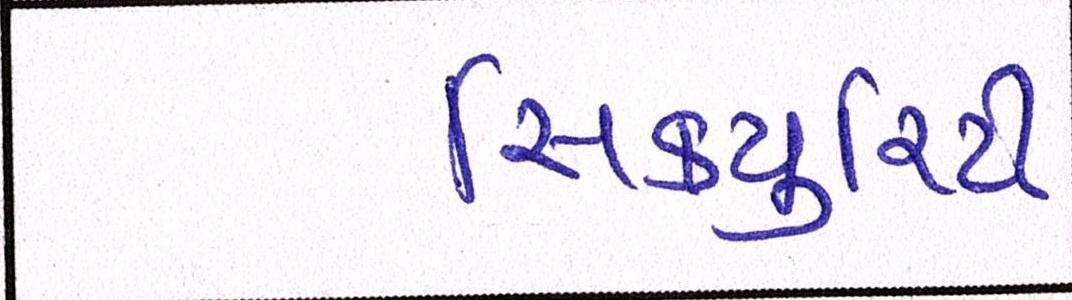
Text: સિકયુરિટી